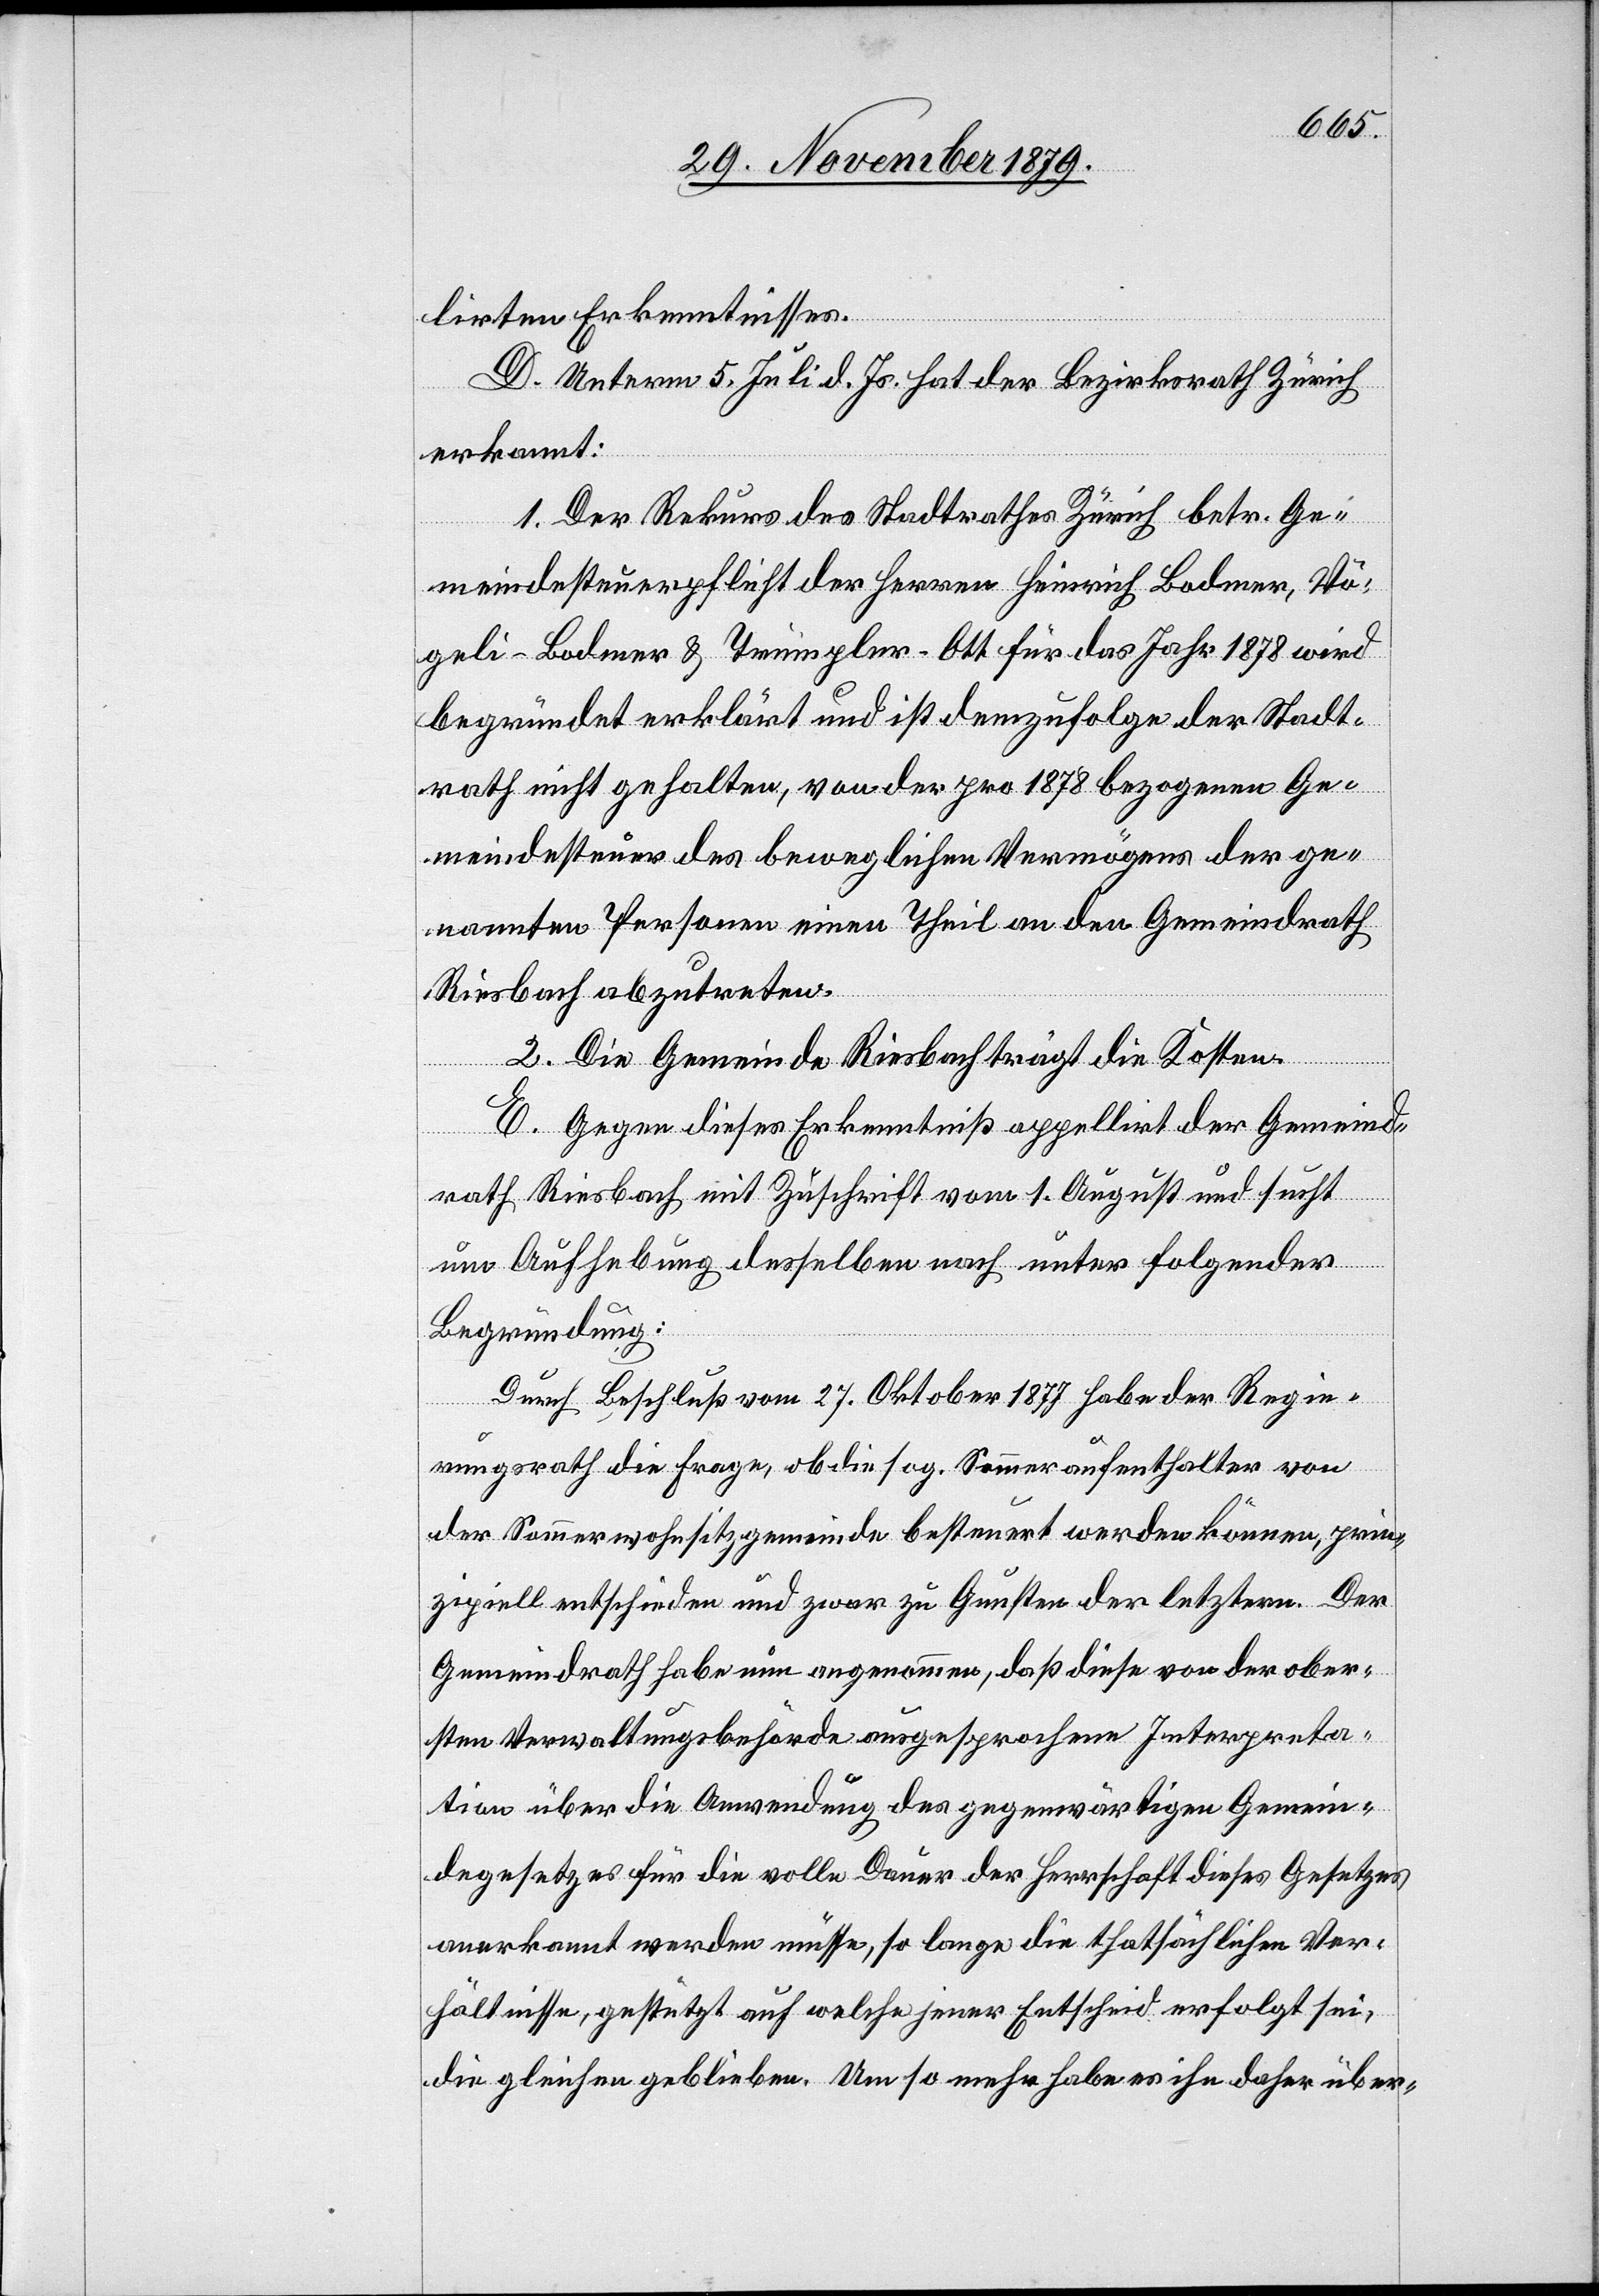
lirten Erkenntnisses.
D. Unterm 5. Juli d. Js. hat der Bezirksrath Zürich
erkannt:
1. Der Rekurs des Stadtrathes Zürich betr. Ge¬
meindesteuerpflicht der Herren Heinrich Bodmer, Vö¬
geli-Bodmer & Trümpler-Ott für das Jahr 1878 wird
begründet erklärt und ist demzufolge der Stadt¬
rath nicht gehalten, von der pro 1878 bezogenen Ge¬
meindesteuer des beweglichen Vermögens der ge¬
nannten Personen einen Theil an den Gemeindrath
Riesbach abzutreten.
2. Die Gemeinde Riesbach trägt die Kosten.
E. Gegen dieses Erkenntniß appellirt der Gemeind¬
rath Riesbach mit Zuschrift vom 1. August und sucht
um Aufhebung desselben nach unter folgender
Begründung:
Durch Beschluß vom 27. Oktober 1877 habe der Regie¬
rungsrath die Frage, ob die sog. Sommeraufenthalter von
der Sommerwohnsitzgemeinde besteuert werden können, prin¬
zipiell entschieden und zwar zu Gunsten der letztern. Der
Gemeindrath habe nun angenommen, daß diese von der ober¬
sten Verwaltungsbehörde ausgesprochene Interpreta¬
tion über die Anwendung des gegenwärtigen Gemein¬
degesetzes für die volle Dauer der Herrschaft dieses Gesetzes
anerkannt werden müsse, so lange die thatsächlichen Ver¬
hältnisse, gestützt auf welche jener Entscheid erfolgt sei,
die gleichen geblieben. Um so mehr habe es ihn daher über-